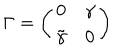
LaTeX: \Gamma = \left( \begin{array} { c c } { { 0 } } & { { \gamma } } \\ { { \tilde { \gamma } } } & { { 0 } } \\ \end{array} \right)